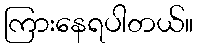
ကြားနေရပါတယ်။